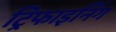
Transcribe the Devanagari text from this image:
ट्रिफाइनिंग